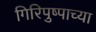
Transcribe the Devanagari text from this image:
गिरिपुष्पाच्या